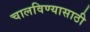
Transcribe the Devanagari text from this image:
चालविण्‍यासाठी